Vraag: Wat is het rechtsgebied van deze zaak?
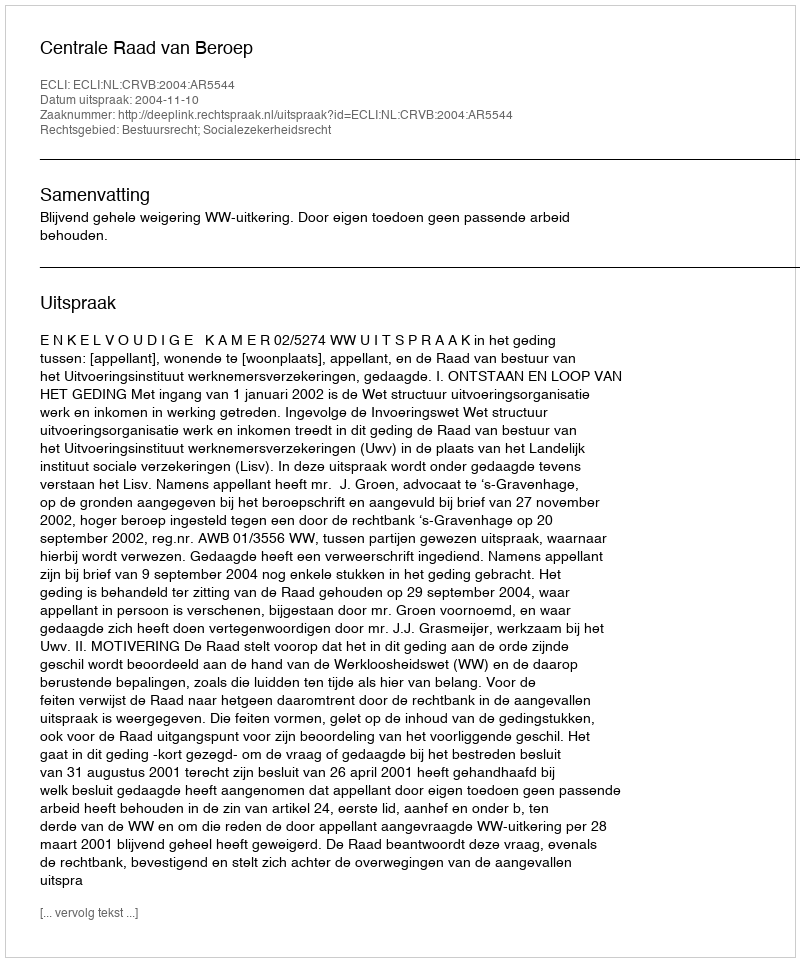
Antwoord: Bestuursrecht; Socialezekerheidsrecht